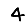
Digit: 4